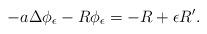
LaTeX: \begin{align*}-a\Delta \phi_\epsilon - R\phi_\epsilon = -R + \epsilon R'.\end{align*}